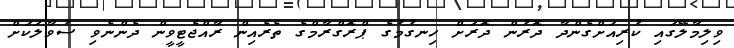
ވިލިމާލޭގައި ކުރިއަށްގެންދާ ދޮރުން ދޮރަށް ހިނގުމުގެ ޕްރޮގްރާމްގެ ތެރެއިން ރާއްޖެޓީވީން ދެންނެވި ސުވާލަކަށް